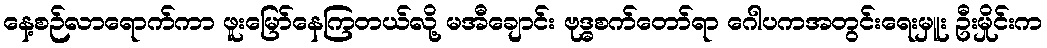
နေ့စဉ်လာရောက်ကာ ဖူးမြော်နေကြတယ်လို့ မအီချောင်း ဗုဒ္ဓစက်တော်ရာ ဂေါပကအတွင်းရေးမှူး ဦးမှိုင်းက